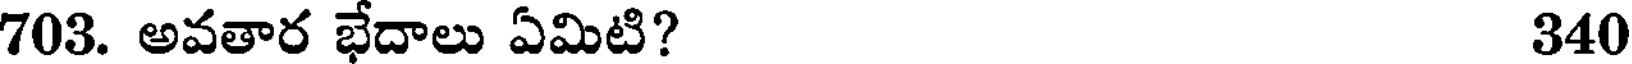
703. అవతార భేదాలు ఏమిటి? 340